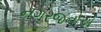
નગરજનોએ